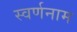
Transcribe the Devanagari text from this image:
स्वर्णनाम